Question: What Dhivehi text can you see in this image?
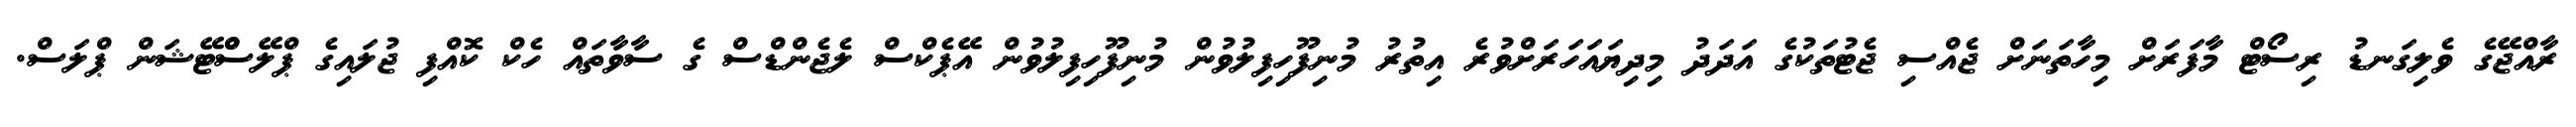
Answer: ރާއްޖޭގެ ވެލިގަނޑު ރިސޯޓް މާފަރަށް މިހާތަނަށް ޖެއްސި ޖެޓުތަކުގެ އަދަދު މިދިޔައަހަރަށްވުރެ އިތުރު މުނިފޫހިފިލުވުން މުނިފޫހިފިލުވުން އޭޕެކްސް ލެޖެންޑްސް ގެ ސާވާތައް ހެކް ކޮއްފި ޖުލައިގެ ޕްލޭސްްޓޭޝަން ޕްލަސް.